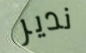
ندير